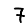
Digit: 7